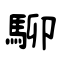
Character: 駠